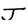
Character: J